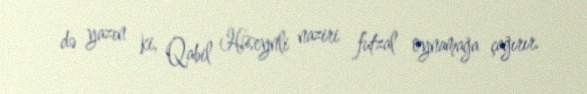
də yazın ki, Qabil Hüseynli naziri futzal oynamağa çağırır.